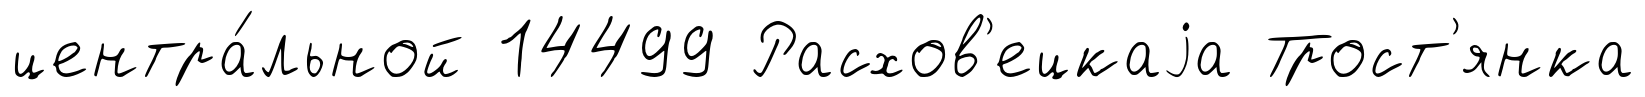
центра́льной 14499 Расхов'ецкаjа Трост'янка